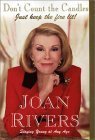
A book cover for Don't Count the Candles: Just Keep the Fire Lit!; Joan Rivers; Humor & Entertainment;